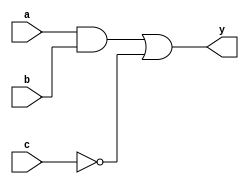
module combinational_logic (
    input wire a,        // Input signal a
    input wire b,        // Input signal b
    input wire c,        // Input signal c
    output reg y         // Output signal y
);

// Combinational logic block
always @(*) begin
    // Assigning values based on logical operations
    y = (a & b) | (~c); // Example: y = (a AND b) OR (NOT c)
end

endmodule